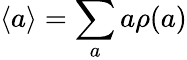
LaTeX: \langle a\rangle=\sum_{a}a\rho(a)